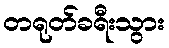
တရုတ်ခရီးသွား